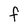
Character: F